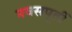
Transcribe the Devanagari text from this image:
नवसपूर्ती